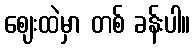
ဈေးထဲမှာ တစ် ခန်းပါ။